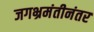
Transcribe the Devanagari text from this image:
जगभ्रमंतीनंतर